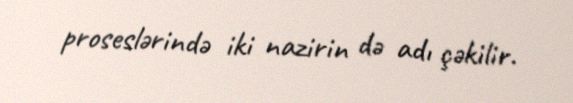
proseslərində iki nazirin də adı çəkilir.